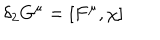
\delta _ { 2 } G ^ { \mu } = [ F ^ { \mu } , \chi ]